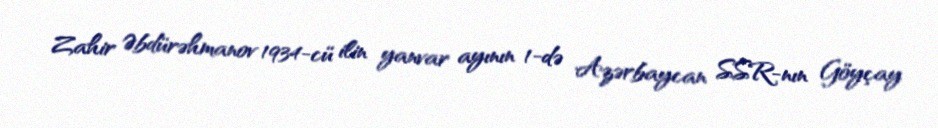
Zahir Əbdürəhmanov 1934-cü ilin yanvar ayının 1-də Azərbaycan SSR-nın Göyçay